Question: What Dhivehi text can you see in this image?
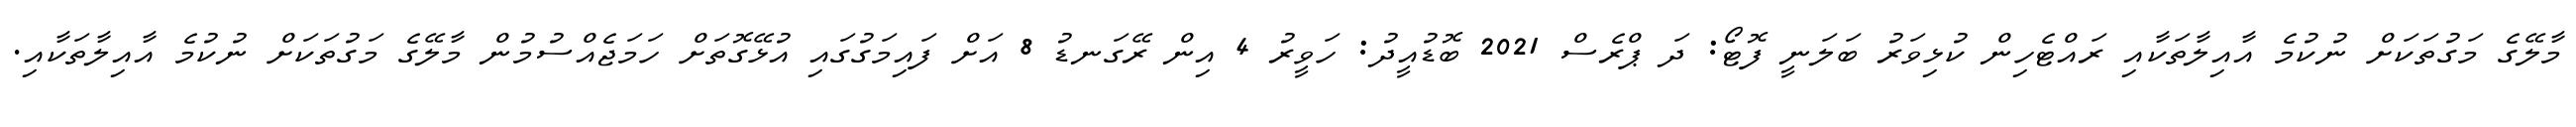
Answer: މާލޭގެ މަގުތަކަށް ނުކުމެ އާއިލާތަކާއި ރައްޓެހިން ކުޅިވަރު ބަލަނީ ފޮޓޯ: ދަ ޕްރެސް 2021 ބޮޑުއީދު: ހަވީރު 4 އިން ރޭގަނޑު 8 އަށް ފައިމަގުގައި އުޅޭގޮތަށް ހަމަޖެއްސުމުން މާލޭގެ މަގުތަކަށް ނުކުމެ އާއިލާތަކާއި.